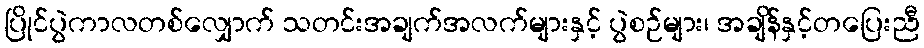
ပြိုင်ပွဲကာလတစ်လျှောက် သတင်းအချက်အလက်များနှင့် ပွဲစဉ်များ၊ အချိန်နှင့်တပြေးညီ